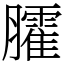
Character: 臛